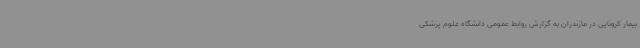
بیمار کرونایی در مازندران به گزارش روابط عمومی دانشگاه علوم پزشکی